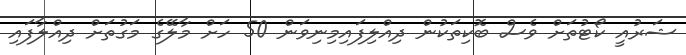
ޝަރުއީ ކޯޓުތަށް ވެސް ބޮކިތަކުން ދިއްލިފައިމިނިވަން 50 ހަށް މާލޭގެ މަގުތަށް ދިއްލާފައި